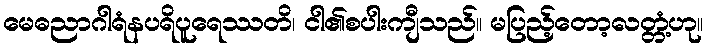
မေဓညာဂါရံနပရိပူရေဿတိ၊ ငါ၏စပါးကျီသည်။ မပြည့်တော့လတ္တံ့ဟု။